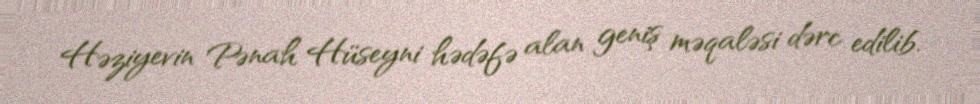
Həziyevin Pənah Hüseyni hədəfə alan geniş məqaləsi dərc edilib.